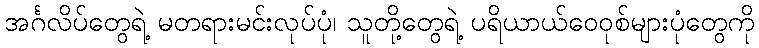
အင်္ဂလိပ်တွေရဲ့ မတရားမင်းလုပ်ပုံ၊ သူတို့တွေရဲ့ ပရိယာယ်ဝေဝုစ်များပုံတွေကို